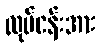
လုပ်ငန်းအား